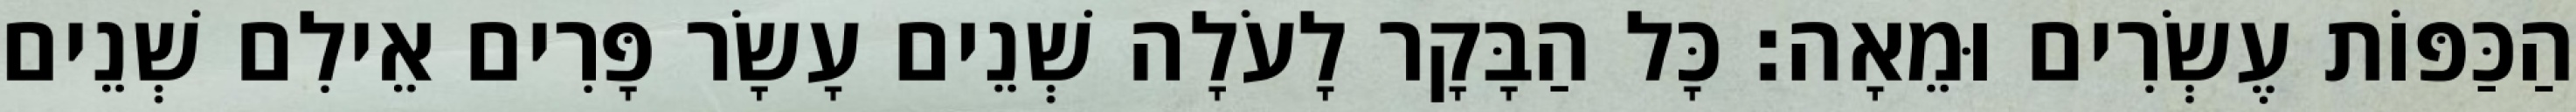
הַכַּפּוֹת עֶשְׂרִים וּמֵאָה׃ כָּל הַבָּקָר לָעֹלָה שְׁנֵים עָשָׂר פָּרִים אֵילִם שְׁנֵים